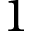
1